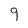
Character: 9